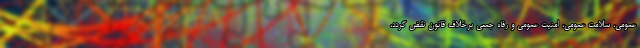
عمومی، سلامت عمومی، امنیت عمومی و رفاه جمعی برخلاف قانون نقض گردد،